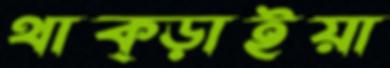
থাক্‌ড়াইয়া